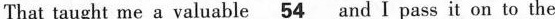
That taught me a valuable \underline54 andIpass it on to the